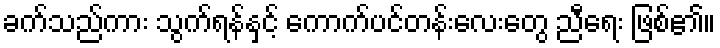
ခက်သည်ကား သွက်ရန်နှင့် ကောက်ပင်တန်းလေးတွေ ညီရေး ဖြစ်၏။